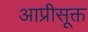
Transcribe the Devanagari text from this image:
आप्रीसूक्त